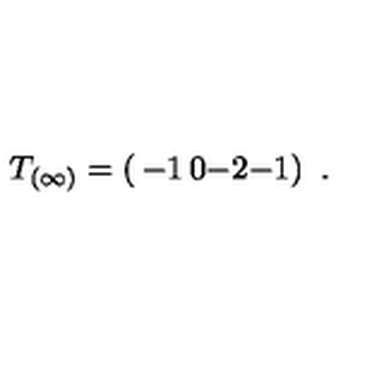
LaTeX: T _ { ( \infty ) } = \left( \begin{matrix} { - 1 } & { 0 } \\ { - 2 } & { - 1 } \\ \end{matrix} \right) \ .